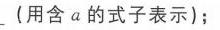
\_（用含\(a\)的式子表示）；